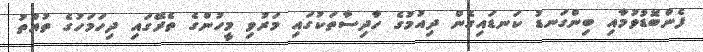
ފެންބޮޑުވުމާއި ބިންގަނޑު ކަނޑައިގެން ދިއުމުގެ ހާދިސާތަކުގައި މަރުވި މީހުންގެ ތެރޭގައި ދިހަމަހުގެ ތުއްތު